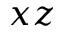
x z